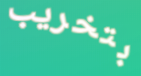
بتخريب